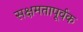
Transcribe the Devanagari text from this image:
सक्षमतापूर्वक